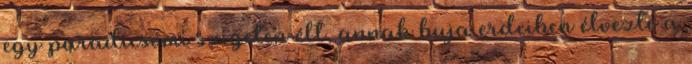
egy paradicsomi szigeten élt, annak buja erdeiben élvezte a